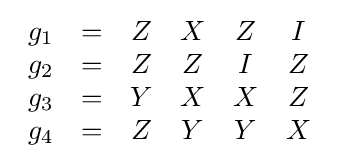
{\begin{array}{cccccc}g_{1}&=&Z&X&Z&I\\g_{2}&=&Z&Z&I&Z\\g_{3}&=&Y&X&X&Z\\g_{4}&=&Z&Y&Y&X\end{array}}